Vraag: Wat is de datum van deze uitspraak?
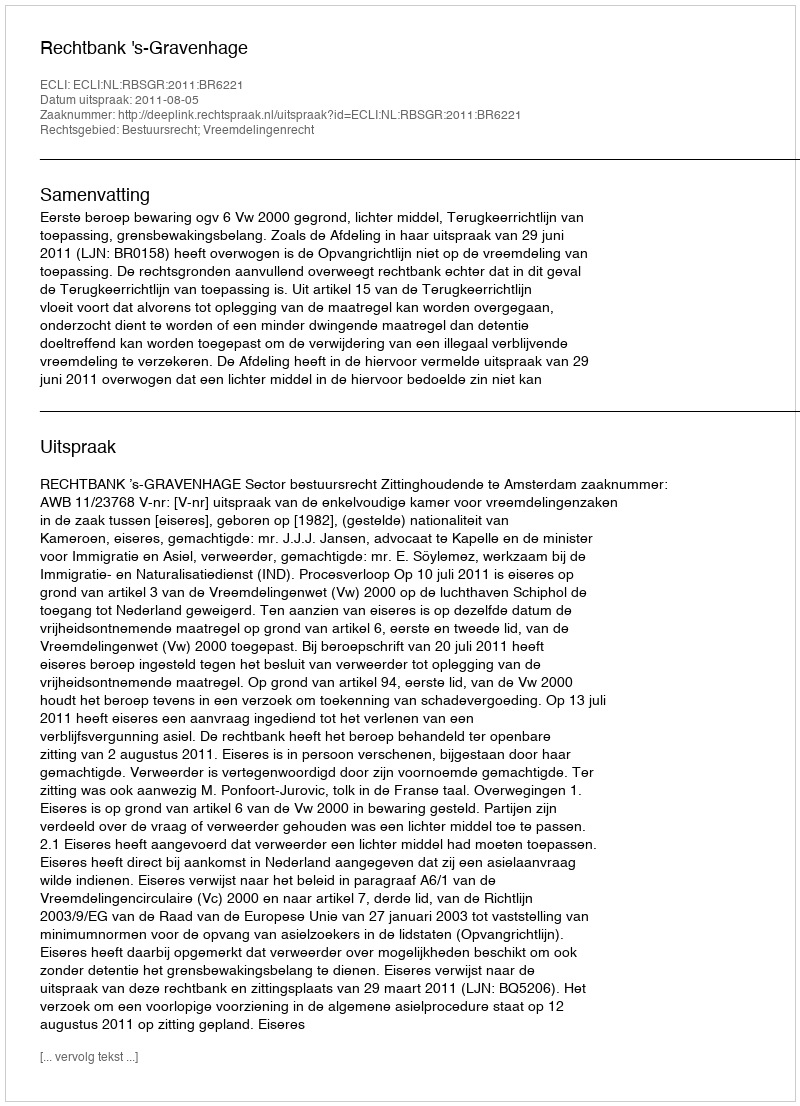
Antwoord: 2011-08-05